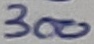
Text: 300